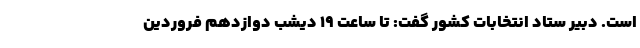
است. دبیر ستاد انتخابات کشور گفت: تا ساعت ۱۹ دیشب دوازدهم فروردین